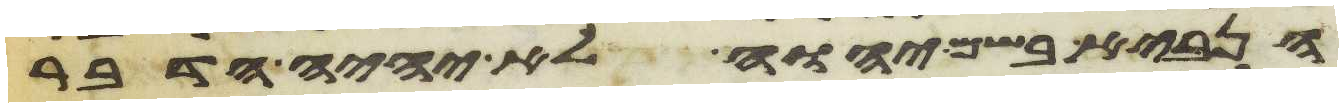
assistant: הנביא בשם יהוה לא יהיה הדבר